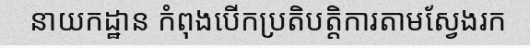
នាយកដ្ឋាន កំពុងបើកប្រតិបត្តិការតាមស្វែងរក